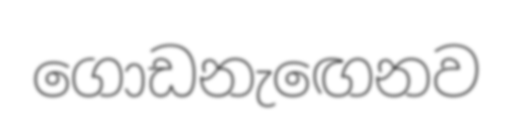
ගොඩනැඟෙනව